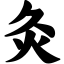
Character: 灸